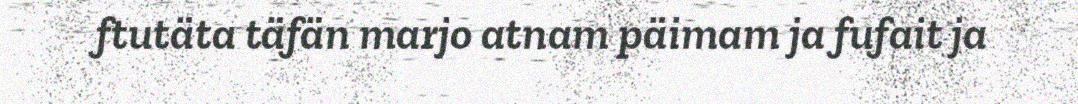
ftutäta täfän marjo atnam päimam ja fufait ja